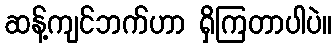
ဆန့်ကျင်ဘက်ဟာ ရှိကြတာပါပဲ။